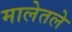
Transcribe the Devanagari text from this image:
मालेतले